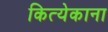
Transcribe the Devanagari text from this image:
कित्येकाना